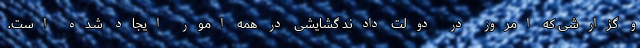
و گزارشی که امروز در دولت دادند گشایشی در همه امور ایجاد شده است.